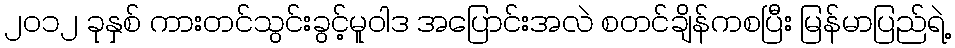
၂ဝ၁၂ ခုနှစ် ကားတင်သွင်းခွင့်မူဝါဒ အပြောင်းအလဲ စတင်ချိန်ကစပြီး မြန်မာပြည်ရဲ့